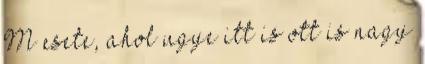
M esete, ahol ugye itt is ott is nagy